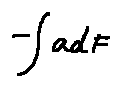
- \int a d F